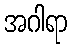
အဂါရာ